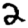
Digit: 2